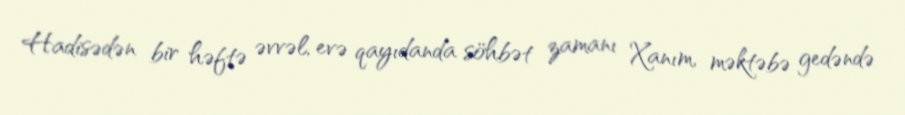
Hadisədən bir həftə əvvəl, evə qayıdanda söhbət zamanı Xanım, məktəbə gedəndə